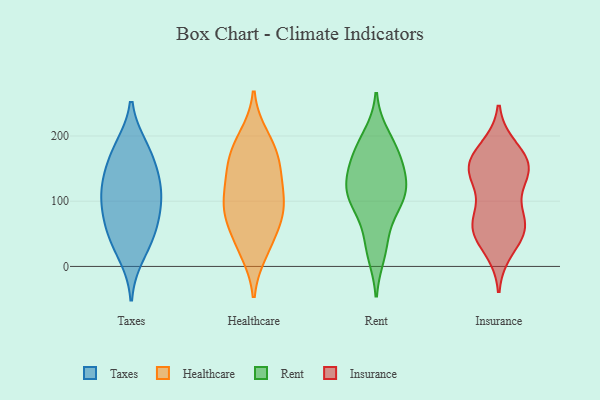
{"axis": {"x": "Latency (ms)", "y": "Value"}, "legend": ["Healthcare", "Insurance", "Rent", "Taxes"], "data": [{"x": "", "y": 63, "type": "Taxes"}, {"x": "", "y": 142, "type": "Taxes"}, {"x": "", "y": 42, "type": "Taxes"}, {"x": "", "y": 112, "type": "Taxes"}, {"x": "", "y": 17, "type": "Taxes"}, {"x": "", "y": 183, "type": "Taxes"}, {"x": "", "y": 120, "type": "Taxes"}, {"x": "", "y": 181, "type": "Taxes"}, {"x": "", "y": 99, "type": "Taxes"}, {"x": "", "y": 150, "type": "Taxes"}, {"x": "", "y": 56, "type": "Taxes"}, {"x": "", "y": 92, "type": "Taxes"}, {"x": "", "y": 90, "type": "Healthcare"}, {"x": "", "y": 90, "type": "Healthcare"}, {"x": "", "y": 142, "type": "Healthcare"}, {"x": "", "y": 92, "type": "Healthcare"}, {"x": "", "y": 177, "type": "Healthcare"}, {"x": "", "y": 23, "type": "Healthcare"}, {"x": "", "y": 88, "type": "Healthcare"}, {"x": "", "y": 34, "type": "Healthcare"}, {"x": "", "y": 131, "type": "Healthcare"}, {"x": "", "y": 59, "type": "Healthcare"}, {"x": "", "y": 198, "type": "Healthcare"}, {"x": "", "y": 148, "type": "Healthcare"}, {"x": "", "y": 179, "type": "Healthcare"}, {"x": "", "y": 175, "type": "Rent"}, {"x": "", "y": 126, "type": "Rent"}, {"x": "", "y": 117, "type": "Rent"}, {"x": "", "y": 96, "type": "Rent"}, {"x": "", "y": 200, "type": "Rent"}, {"x": "", "y": 176, "type": "Rent"}, {"x": "", "y": 41, "type": "Rent"}, {"x": "", "y": 105, "type": "Rent"}, {"x": "", "y": 96, "type": "Rent"}, {"x": "", "y": 155, "type": "Rent"}, {"x": "", "y": 138, "type": "Rent"}, {"x": "", "y": 20, "type": "Rent"}, {"x": "", "y": 156, "type": "Insurance"}, {"x": "", "y": 139, "type": "Insurance"}, {"x": "", "y": 54, "type": "Insurance"}, {"x": "", "y": 160, "type": "Insurance"}, {"x": "", "y": 67, "type": "Insurance"}, {"x": "", "y": 58, "type": "Insurance"}, {"x": "", "y": 180, "type": "Insurance"}, {"x": "", "y": 142, "type": "Insurance"}, {"x": "", "y": 66, "type": "Insurance"}, {"x": "", "y": 27, "type": "Insurance"}, {"x": "", "y": 162, "type": "Insurance"}, {"x": "", "y": 70, "type": "Insurance"}, {"x": "", "y": 136, "type": "Insurance"}]}